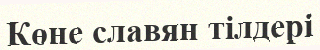
Көне славян тілдері